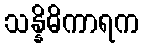
သန္နိဓိကာရက